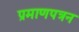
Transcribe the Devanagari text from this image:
प्रमाणपत्रन